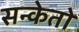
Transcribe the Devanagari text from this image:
सन्केतों